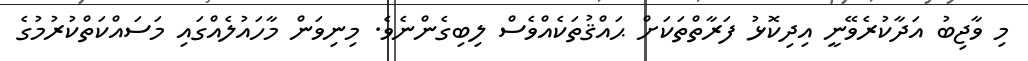
މި ވާޖިބު އަދާކުރެވޭނީ އިދިކޮޅު ފަރާތްތަކަށް ޙައްޤުތަކެއްވެސް ލިބިގެންނެވެ. މިނިވަން މާހައުލެއްގައި މަސައްކަތްކުރުމުގެ